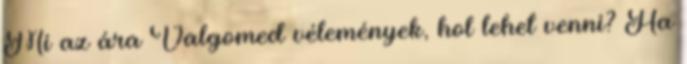
Mi az ára Valgomed vélemények, hol lehet venni? Ha